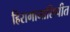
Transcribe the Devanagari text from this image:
हिरागानालिपीत